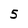
Character: 5